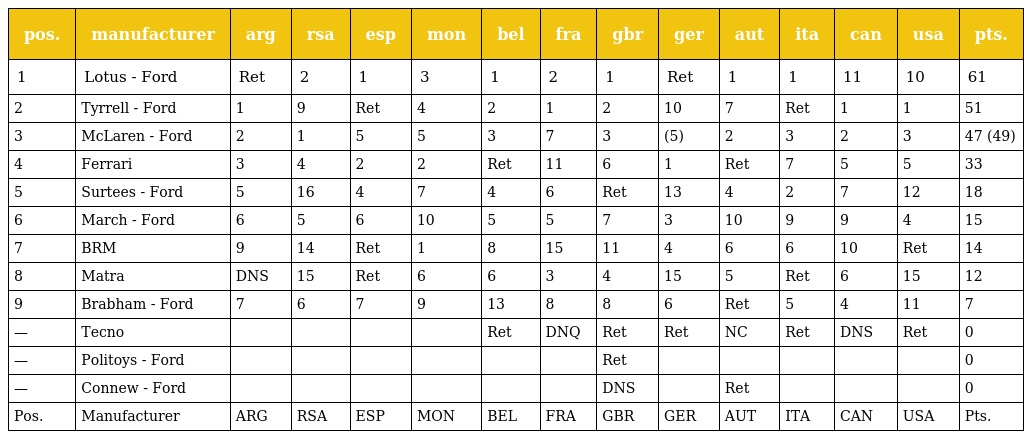
| pos. | manufacturer | arg | rsa | esp | mon | bel | fra | gbr | ger | aut | ita | can | usa | pts. |
 | --- | --- | --- | --- | --- | --- | --- | --- | --- | --- | --- | --- | --- | --- | --- |
 | 1 | Lotus - Ford | Ret | 2 | 1 | 3 | 1 | 2 | 1 | Ret | 1 | 1 | 11 | 10 | 61 |
 | 2 | Tyrrell - Ford | 1 | 9 | Ret | 4 | 2 | 1 | 2 | 10 | 7 | Ret | 1 | 1 | 51 |
 | 3 | McLaren - Ford | 2 | 1 | 5 | 5 | 3 | 7 | 3 | (5) | 2 | 3 | 2 | 3 | 47 (49) |
 | 4 | Ferrari | 3 | 4 | 2 | 2 | Ret | 11 | 6 | 1 | Ret | 7 | 5 | 5 | 33 |
 | 5 | Surtees - Ford | 5 | 16 | 4 | 7 | 4 | 6 | Ret | 13 | 4 | 2 | 7 | 12 | 18 |
 | 6 | March - Ford | 6 | 5 | 6 | 10 | 5 | 5 | 7 | 3 | 10 | 9 | 9 | 4 | 15 |
 | 7 | BRM | 9 | 14 | Ret | 1 | 8 | 15 | 11 | 4 | 6 | 6 | 10 | Ret | 14 |
 | 8 | Matra | DNS | 15 | Ret | 6 | 6 | 3 | 4 | 15 | 5 | Ret | 6 | 15 | 12 |
 | 9 | Brabham - Ford | 7 | 6 | 7 | 9 | 13 | 8 | 8 | 6 | Ret | 5 | 4 | 11 | 7 |
 | — | Tecno |  |  |  |  | Ret | DNQ | Ret | Ret | NC | Ret | DNS | Ret | 0 |
 | — | Politoys - Ford |  |  |  |  |  |  | Ret |  |  |  |  |  | 0 |
 | — | Connew - Ford |  |  |  |  |  |  | DNS |  | Ret |  |  |  | 0 |
 | Pos. | Manufacturer | ARG | RSA | ESP | MON | BEL | FRA | GBR | GER | AUT | ITA | CAN | USA | Pts. |